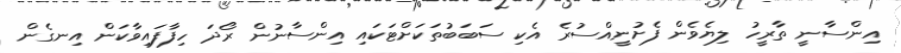
އިންސާނީ ތާރީހު ލިޔެވެން ފެށުނީއްސުރެ އެކި ސަބަބުތަކަށްޓަކައި އިންސާނުން ރޯދަ ހިފާފައިވާކަން އިނގެން